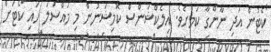
ކޯޓުން އަދި ނާންގާ ކަމަށެވެ. އިލެކްޝަންސް ކޮމިޝަނުން މި މައްސަލަ ހައި ކޯޓަށް